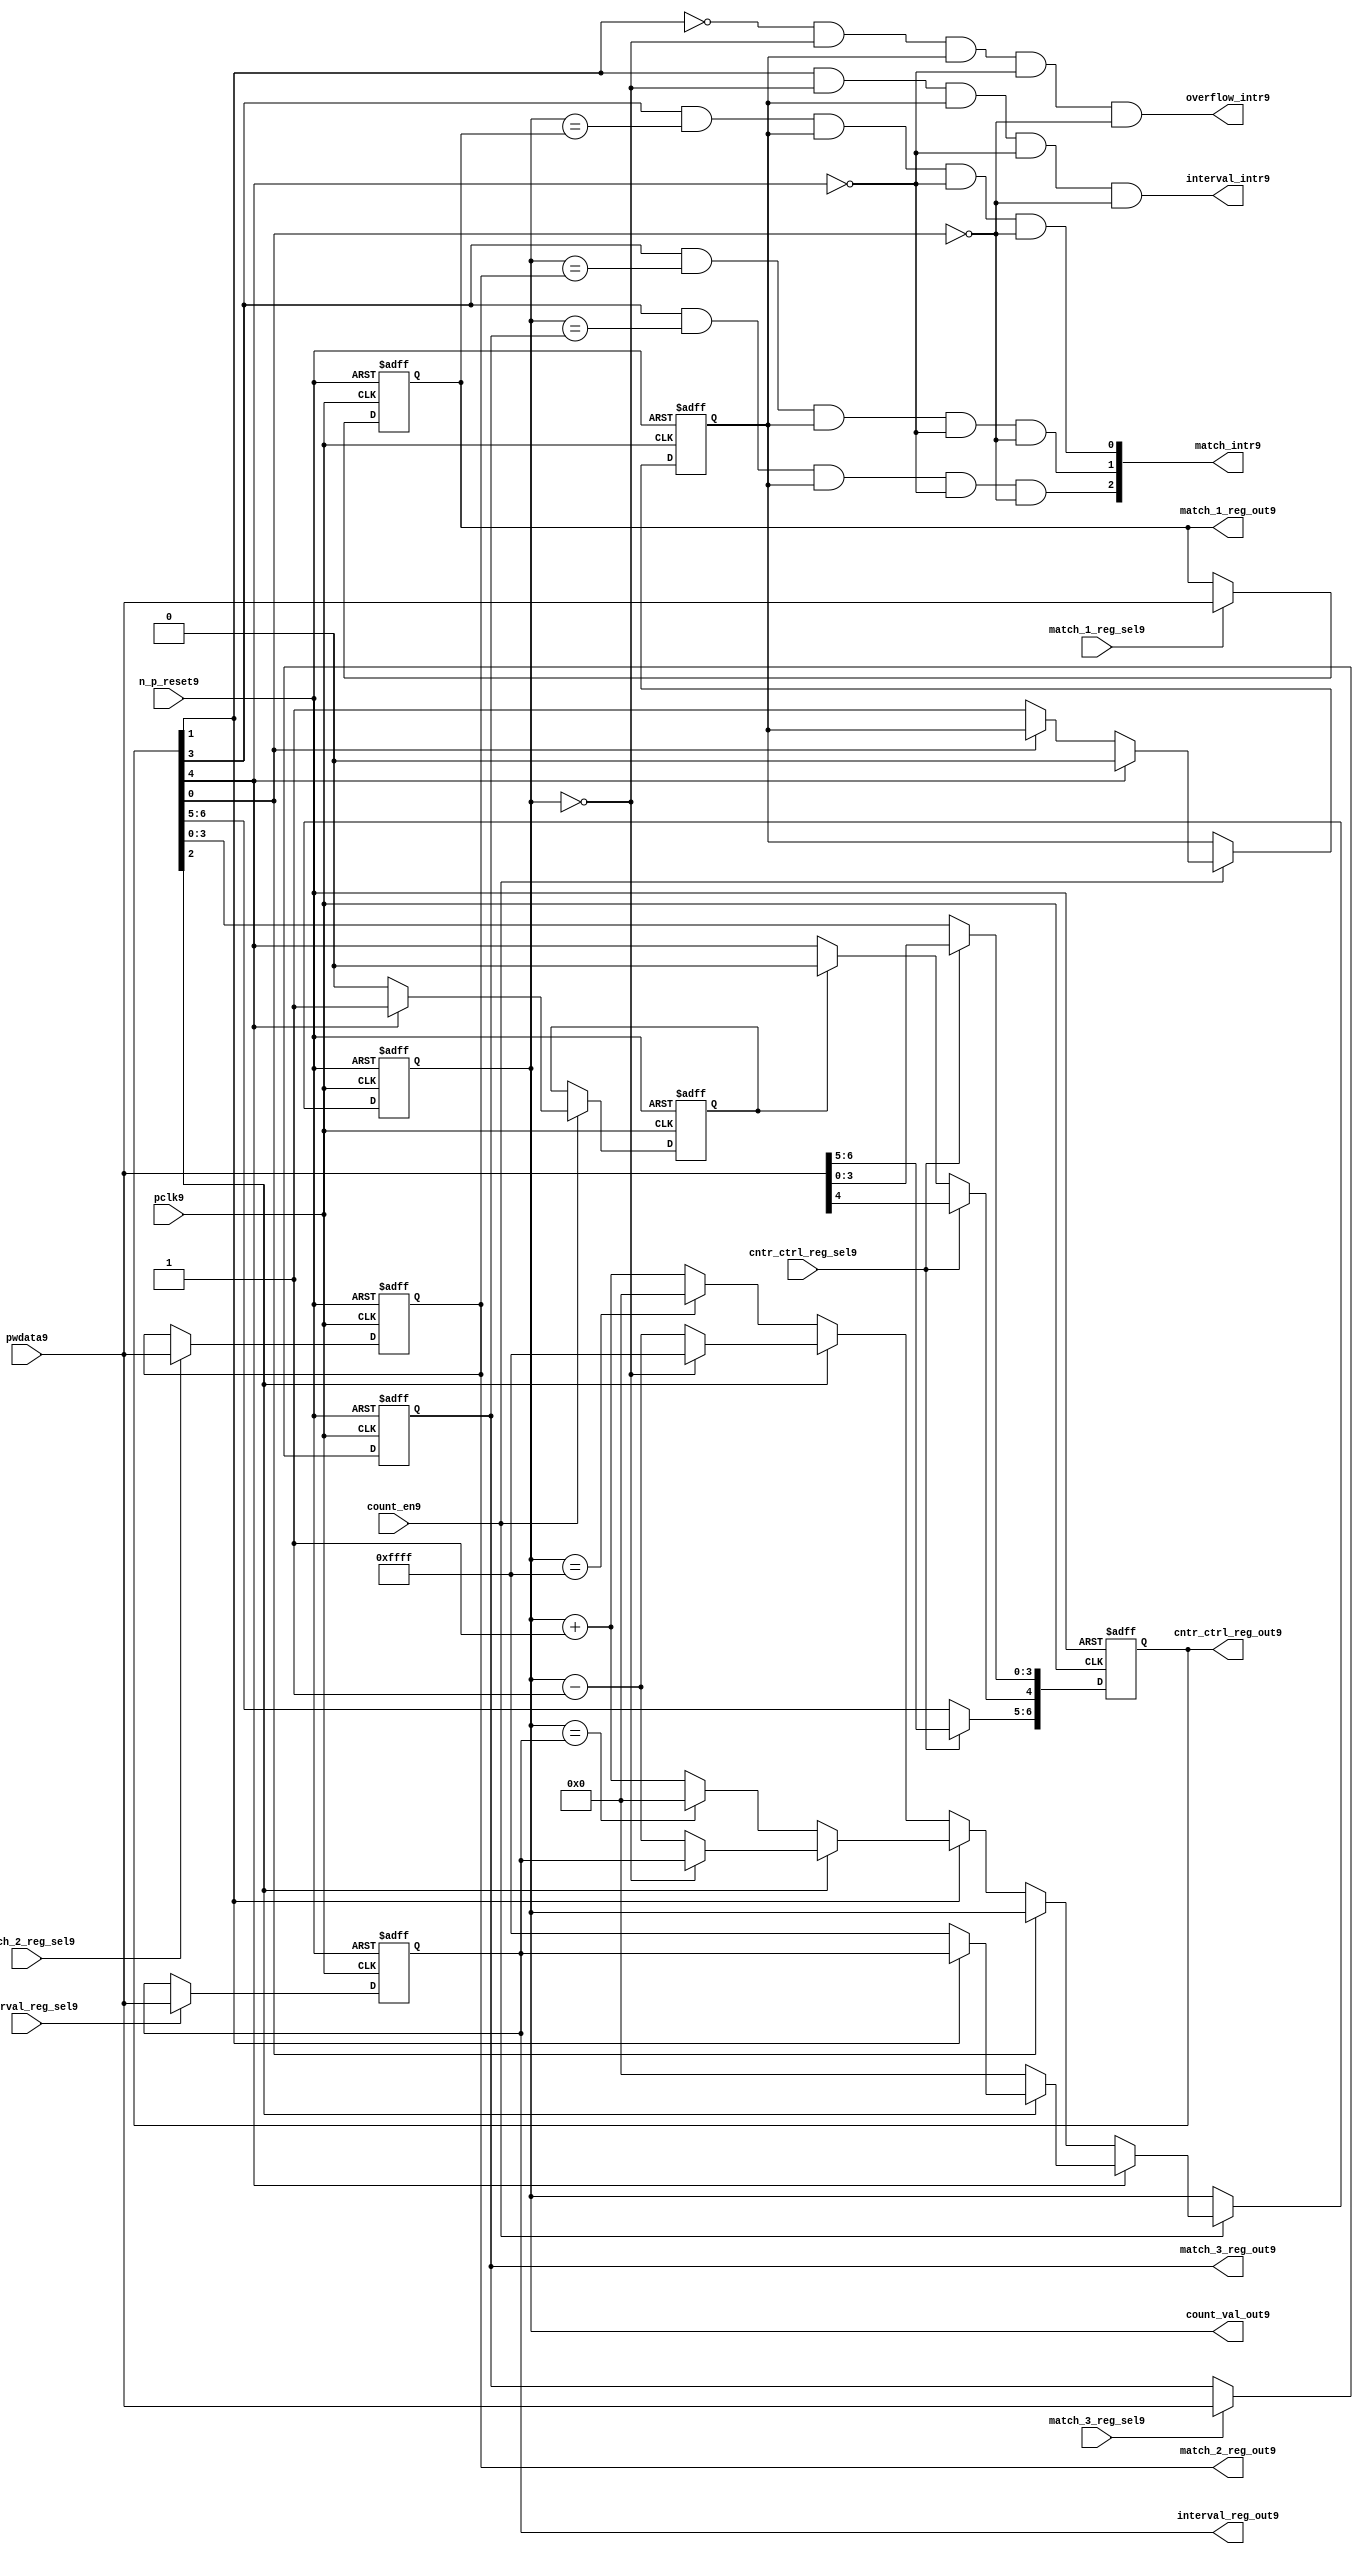
//File9 name   : ttc_counter_lite9.v
//Title9       : 
//Created9     : 1999
//Description9 :The counter can increment and decrement.
//   In increment mode instead of counting9 to its full 16 bit
//   value the counter counts9 up to or down from a programmed9 interval9 value.
//   Interrupts9 are issued9 when the counter overflows9 or reaches9 it's interval9
//   value. In match mode if the count value equals9 that stored9 in one of three9
//   match registers an interrupt9 is issued9.
//Notes9       : 
//----------------------------------------------------------------------
//   Copyright9 1999-2010 Cadence9 Design9 Systems9, Inc9.
//   All Rights9 Reserved9 Worldwide9
//
//   Licensed9 under the Apache9 License9, Version9 2.0 (the
//   "License9"); you may not use this file except9 in
//   compliance9 with the License9.  You may obtain9 a copy of
//   the License9 at
//
//       http9://www9.apache9.org9/licenses9/LICENSE9-2.0
//
//   Unless9 required9 by applicable9 law9 or agreed9 to in
//   writing, software9 distributed9 under the License9 is
//   distributed9 on an "AS9 IS9" BASIS9, WITHOUT9 WARRANTIES9 OR9
//   CONDITIONS9 OF9 ANY9 KIND9, either9 express9 or implied9.  See
//   the License9 for the specific9 language9 governing9
//   permissions9 and limitations9 under the License9.
//----------------------------------------------------------------------
//


module ttc_counter_lite9(

  //inputs9
  n_p_reset9,    
  pclk9,          
  pwdata9,              
  count_en9,
  cntr_ctrl_reg_sel9, 
  interval_reg_sel9,
  match_1_reg_sel9,
  match_2_reg_sel9,
  match_3_reg_sel9,         

  //outputs9    
  count_val_out9,
  cntr_ctrl_reg_out9,
  interval_reg_out9,
  match_1_reg_out9,
  match_2_reg_out9,
  match_3_reg_out9,
  interval_intr9,
  match_intr9,
  overflow_intr9

);


//--------------------------------------------------------------------
// PORT DECLARATIONS9
//--------------------------------------------------------------------

   //inputs9
   input          n_p_reset9;         //reset signal9
   input          pclk9;              //System9 Clock9
   input [15:0]   pwdata9;            //6 Bit9 data signal9
   input          count_en9;          //Count9 enable signal9
   input          cntr_ctrl_reg_sel9; //Select9 bit for ctrl_reg9
   input          interval_reg_sel9;  //Interval9 Select9 Register
   input          match_1_reg_sel9;   //Match9 1 Select9 register
   input          match_2_reg_sel9;   //Match9 2 Select9 register
   input          match_3_reg_sel9;   //Match9 3 Select9 register

   //outputs9
   output [15:0]  count_val_out9;        //Value for counter reg
   output [6:0]   cntr_ctrl_reg_out9;    //Counter9 control9 reg select9
   output [15:0]  interval_reg_out9;     //Interval9 reg
   output [15:0]  match_1_reg_out9;      //Match9 1 register
   output [15:0]  match_2_reg_out9;      //Match9 2 register
   output [15:0]  match_3_reg_out9;      //Match9 3 register
   output         interval_intr9;        //Interval9 interrupt9
   output [3:1]   match_intr9;           //Match9 interrupt9
   output         overflow_intr9;        //Overflow9 interrupt9

//--------------------------------------------------------------------
// Internal Signals9 & Registers9
//--------------------------------------------------------------------

   reg [6:0]      cntr_ctrl_reg9;     // 5-bit Counter9 Control9 Register
   reg [15:0]     interval_reg9;      //16-bit Interval9 Register 
   reg [15:0]     match_1_reg9;       //16-bit Match_19 Register
   reg [15:0]     match_2_reg9;       //16-bit Match_29 Register
   reg [15:0]     match_3_reg9;       //16-bit Match_39 Register
   reg [15:0]     count_val9;         //16-bit counter value register
                                                                      
   
   reg            counting9;          //counter has starting counting9
   reg            restart_temp9;   //ensures9 soft9 reset lasts9 1 cycle    
   
   wire [6:0]     cntr_ctrl_reg_out9; //7-bit Counter9 Control9 Register
   wire [15:0]    interval_reg_out9;  //16-bit Interval9 Register 
   wire [15:0]    match_1_reg_out9;   //16-bit Match_19 Register
   wire [15:0]    match_2_reg_out9;   //16-bit Match_29 Register
   wire [15:0]    match_3_reg_out9;   //16-bit Match_39 Register
   wire [15:0]    count_val_out9;     //16-bit counter value register

//-------------------------------------------------------------------
// Assign9 output wires9
//-------------------------------------------------------------------

   assign cntr_ctrl_reg_out9 = cntr_ctrl_reg9;    // 7-bit Counter9 Control9
   assign interval_reg_out9  = interval_reg9;     // 16-bit Interval9
   assign match_1_reg_out9   = match_1_reg9;      // 16-bit Match_19
   assign match_2_reg_out9   = match_2_reg9;      // 16-bit Match_29 
   assign match_3_reg_out9   = match_3_reg9;      // 16-bit Match_39 
   assign count_val_out9     = count_val9;        // 16-bit counter value
   
//--------------------------------------------------------------------
// Assigning9 interrupts9
//--------------------------------------------------------------------

   assign interval_intr9 =  cntr_ctrl_reg9[1] & (count_val9 == 16'h0000)
      & (counting9) & ~cntr_ctrl_reg9[4] & ~cntr_ctrl_reg9[0];
   assign overflow_intr9 = ~cntr_ctrl_reg9[1] & (count_val9 == 16'h0000)
      & (counting9) & ~cntr_ctrl_reg9[4] & ~cntr_ctrl_reg9[0];
   assign match_intr9[1]  =  cntr_ctrl_reg9[3] & (count_val9 == match_1_reg9)
      & (counting9) & ~cntr_ctrl_reg9[4] & ~cntr_ctrl_reg9[0];
   assign match_intr9[2]  =  cntr_ctrl_reg9[3] & (count_val9 == match_2_reg9)
      & (counting9) & ~cntr_ctrl_reg9[4] & ~cntr_ctrl_reg9[0];
   assign match_intr9[3]  =  cntr_ctrl_reg9[3] & (count_val9 == match_3_reg9)
      & (counting9) & ~cntr_ctrl_reg9[4] & ~cntr_ctrl_reg9[0];


//    p_reg_ctrl9: Process9 to write to the counter control9 registers
//    cntr_ctrl_reg9 decode:  0 - Counter9 Enable9 Active9 Low9
//                           1 - Interval9 Mode9 =1, Overflow9 =0
//                           2 - Decrement9 Mode9
//                           3 - Match9 Mode9
//                           4 - Restart9
//                           5 - Waveform9 enable active low9
//                           6 - Waveform9 polarity9
   
   always @ (posedge pclk9 or negedge n_p_reset9)
   begin: p_reg_ctrl9  // Register writes
      
      if (!n_p_reset9)                                   
      begin                                     
         cntr_ctrl_reg9 <= 7'b0000001;
         interval_reg9  <= 16'h0000;
         match_1_reg9   <= 16'h0000;
         match_2_reg9   <= 16'h0000;
         match_3_reg9   <= 16'h0000;  
      end    
      else 
      begin
         if (cntr_ctrl_reg_sel9)
            cntr_ctrl_reg9 <= pwdata9[6:0];
         else if (restart_temp9)
            cntr_ctrl_reg9[4]  <= 1'b0;    
         else 
            cntr_ctrl_reg9 <= cntr_ctrl_reg9;             

         interval_reg9  <= (interval_reg_sel9) ? pwdata9 : interval_reg9;
         match_1_reg9   <= (match_1_reg_sel9)  ? pwdata9 : match_1_reg9;
         match_2_reg9   <= (match_2_reg_sel9)  ? pwdata9 : match_2_reg9;
         match_3_reg9   <= (match_3_reg_sel9)  ? pwdata9 : match_3_reg9;   
      end
      
   end  //p_reg_ctrl9

   
//    p_cntr9: Process9 to increment or decrement the counter on receiving9 a 
//            count_en9 signal9 from the pre_scaler9. Count9 can be restarted9
//            or disabled and can overflow9 at a specified interval9 value.
   
   
   always @ (posedge pclk9 or negedge n_p_reset9)
   begin: p_cntr9   // Counter9 block

      if (!n_p_reset9)     //System9 Reset9
      begin                     
         count_val9 <= 16'h0000;
         counting9  <= 1'b0;
         restart_temp9 <= 1'b0;
      end
      else if (count_en9)
      begin
         
         if (cntr_ctrl_reg9[4])     //Restart9
         begin     
            if (~cntr_ctrl_reg9[2])  
               count_val9         <= 16'h0000;
            else
            begin
              if (cntr_ctrl_reg9[1])
                 count_val9         <= interval_reg9;     
              else
                 count_val9         <= 16'hFFFF;     
            end
            counting9       <= 1'b0;
            restart_temp9   <= 1'b1;

         end
         else 
         begin
            if (!cntr_ctrl_reg9[0])          //Low9 Active9 Counter9 Enable9
            begin

               if (cntr_ctrl_reg9[1])  //Interval9               
                  if (cntr_ctrl_reg9[2])  //Decrement9        
                  begin
                     if (count_val9 == 16'h0000)
                        count_val9 <= interval_reg9;  //Assumed9 Static9
                     else
                        count_val9 <= count_val9 - 16'h0001;
                  end
                  else                   //Increment9
                  begin
                     if (count_val9 == interval_reg9)
                        count_val9 <= 16'h0000;
                     else           
                        count_val9 <= count_val9 + 16'h0001;
                  end
               else    
               begin  //Overflow9
                  if (cntr_ctrl_reg9[2])   //Decrement9
                  begin
                     if (count_val9 == 16'h0000)
                        count_val9 <= 16'hFFFF;
                     else           
                        count_val9 <= count_val9 - 16'h0001;
                  end
                  else                    //Increment9
                  begin
                     if (count_val9 == 16'hFFFF)
                        count_val9 <= 16'h0000;
                     else           
                        count_val9 <= count_val9 + 16'h0001;
                  end 
               end
               counting9  <= 1'b1;
            end     
            else
               count_val9 <= count_val9;   //Disabled9
   
            restart_temp9 <= 1'b0;
      
         end
     
      end // if (count_en9)

      else
      begin
         count_val9    <= count_val9;
         counting9     <= counting9;
         restart_temp9 <= restart_temp9;               
      end
     
   end  //p_cntr9

endmodule